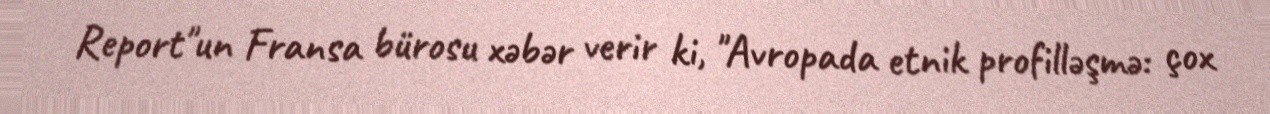
Report"un Fransa bürosu xəbər verir ki, "Avropada etnik profilləşmə: çox